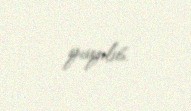
yayılıb.